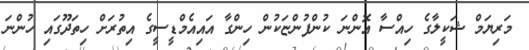
މަރިޔަމް ޝަކީލާގެ ހިއްސާ އޮންނަ ކުންފުންޏަކުން ހިންގާ އައިއެމްޑީސީީގެ އިތުރަށް ހިތަދޫގައިި ހުންނަ